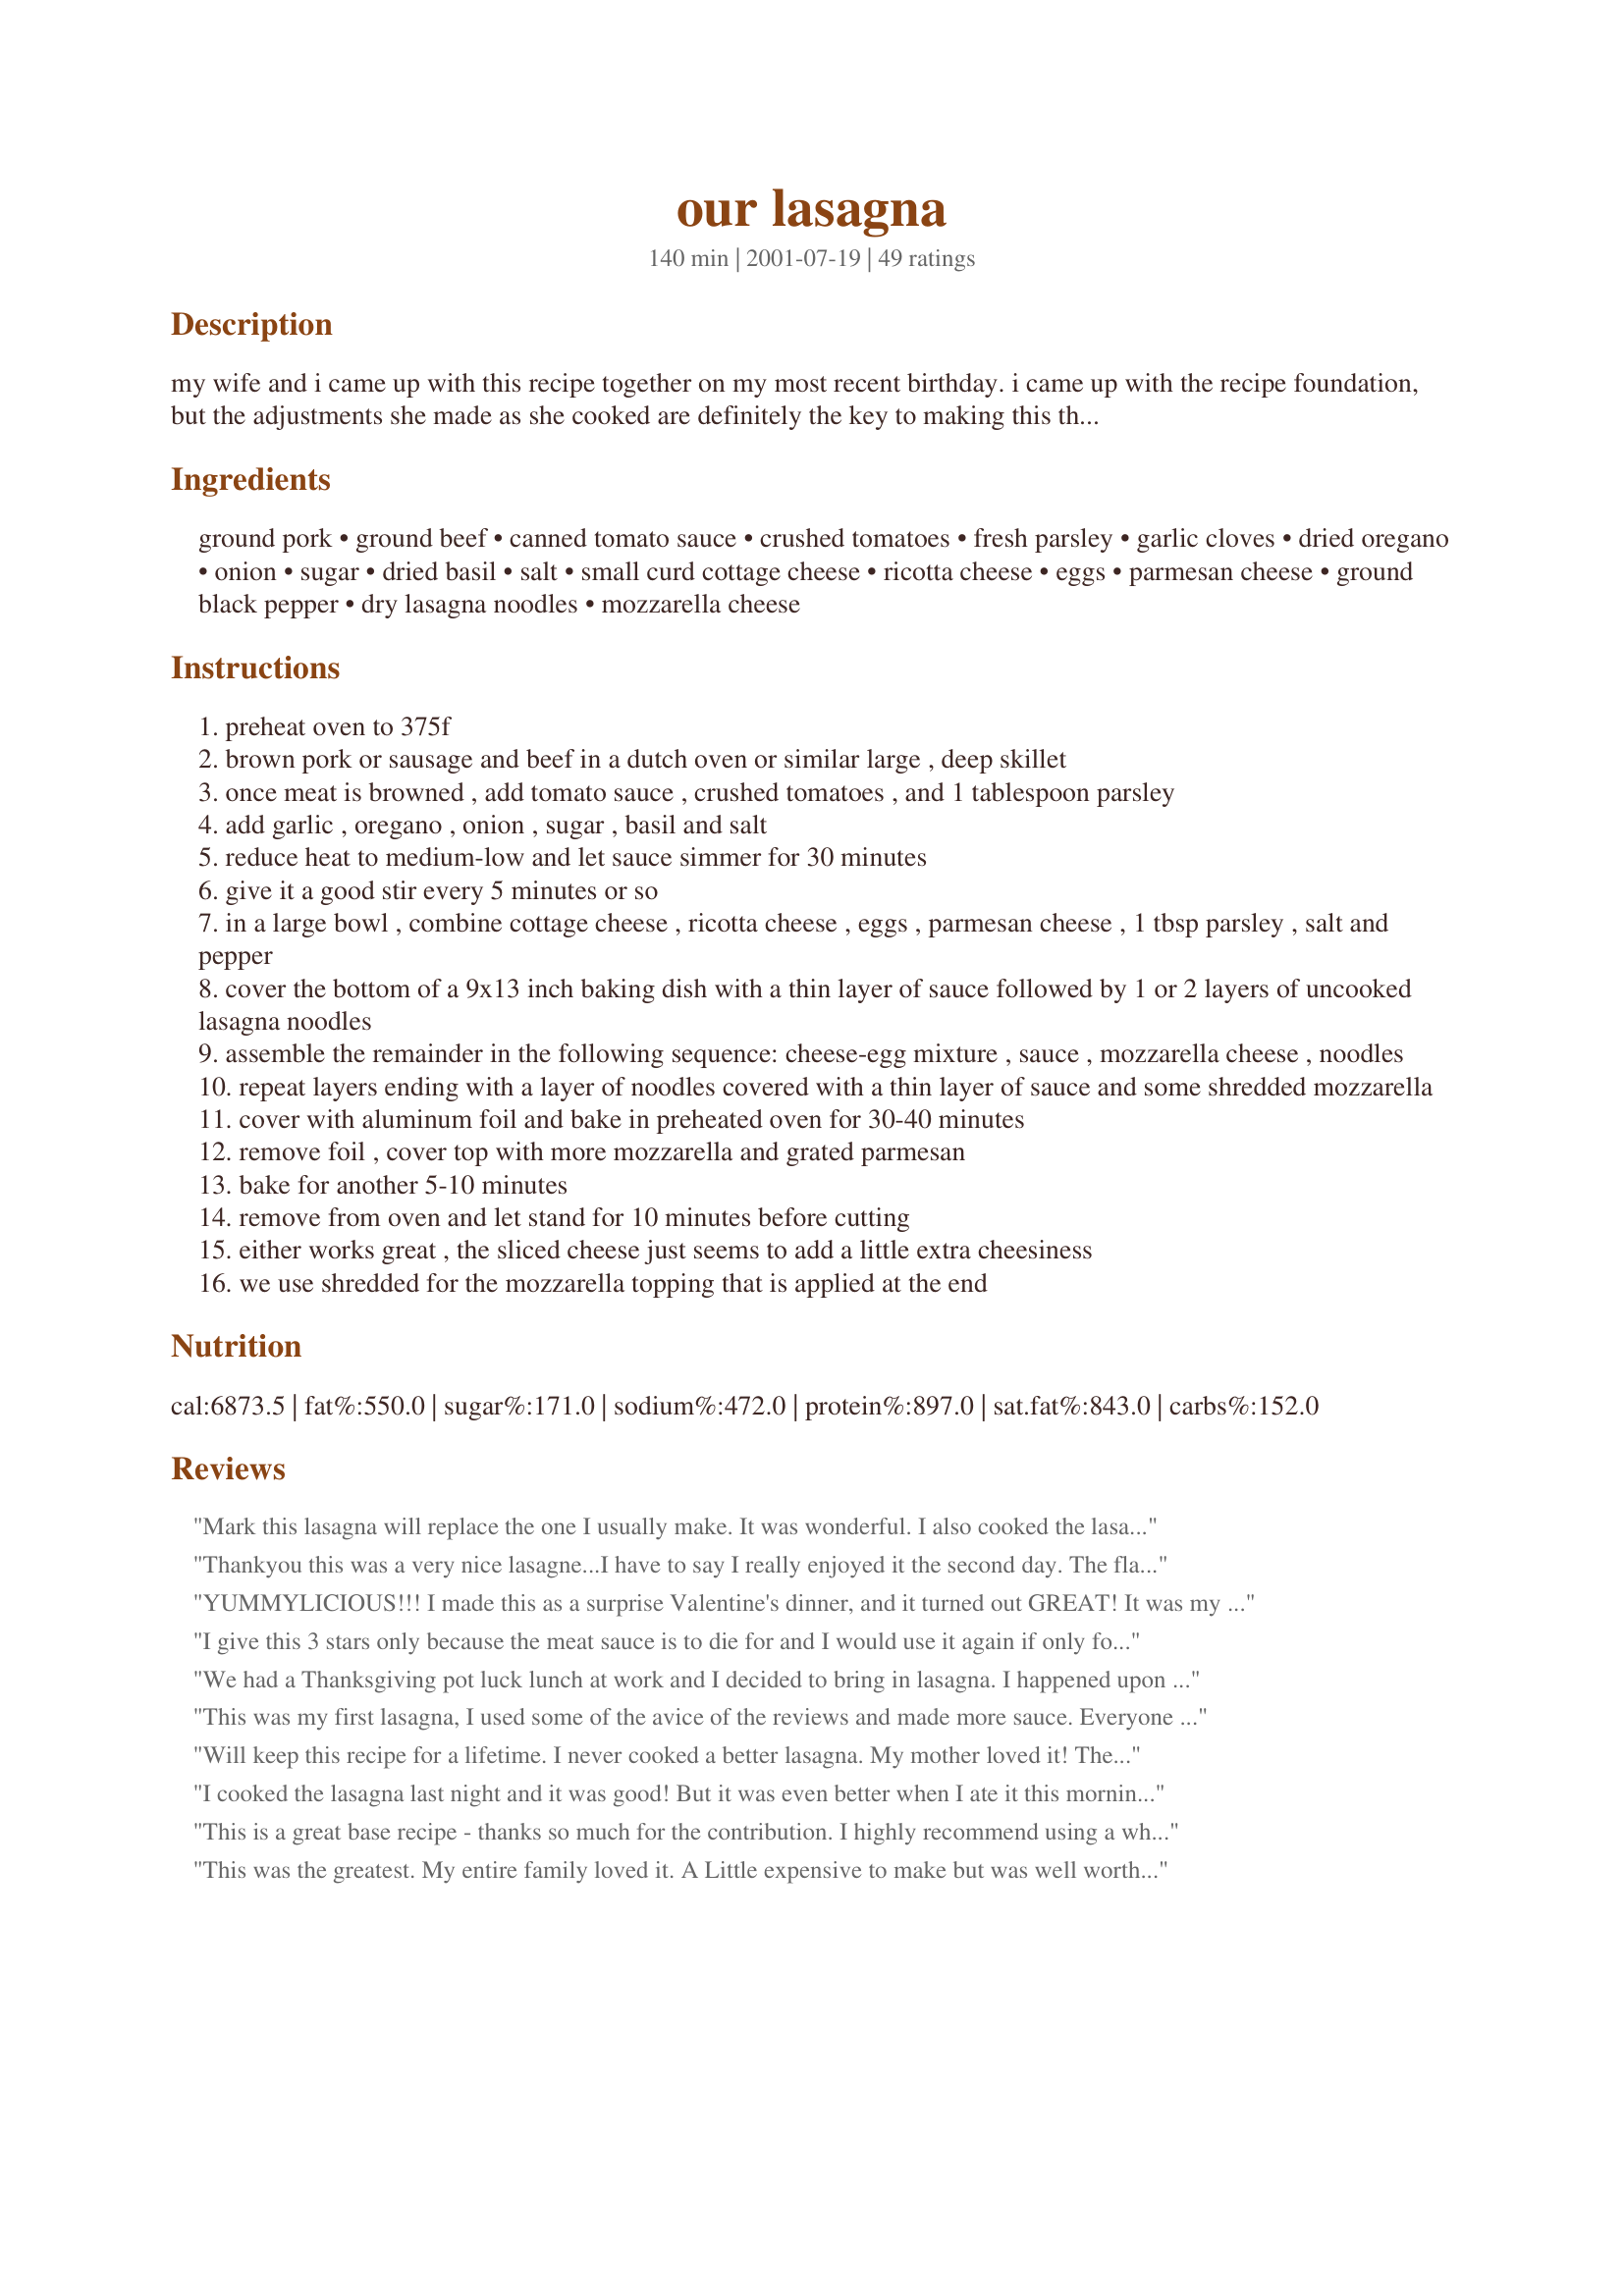
our lasagna
Preparation time: 140 minutes

my wife and i came up with this recipe together on my most recent birthday. i came up with the recipe foundation, but the adjustments she made as she cooked are definitely the key to making this the best i've ever had. it makes me look forward to birthdays again.

Ingredients:
ground pork, ground beef, canned tomato sauce, crushed tomatoes, fresh parsley, garlic cloves, dried oregano, onion, sugar, dried basil, salt, small curd cottage cheese, ricotta cheese, eggs, parmesan cheese, ground black pepper, dry lasagna noodles, mozzarella cheese

Steps:
preheat oven to 375f
brown pork or sausage and beef in a dutch oven or similar large , deep skillet
once meat is browned , add tomato sauce , crushed tomatoes , and 1 tablespoon parsley
add garlic , oregano , onion , sugar , basil and salt
reduce heat to medium-low and let sauce simmer for 30 minutes
give it a good stir every 5 minutes or so
in a large bowl , combine cottage cheese , ricotta cheese , eggs , parmesan cheese , 1 tbsp parsley , salt and pepper
cover the bottom of a 9x13 inch baking dish with a thin layer of sauce followed by 1 or 2 layers of uncooked lasagna noodles
assemble the remainder in the following sequence: cheese-egg mixture , sauce , mozzarella cheese , noodles
repeat layers ending with a layer of noodles covered with a thin layer of sauce and some shredded mozzarella
cover with aluminum foil and bake in preheated oven for 30-40 minutes
remove foil , cover top with more mozzarella and grated parmesan
bake for another 5-10 minutes
remove from oven and let stand for 10 minutes before cutting
either works great , the sliced cheese just seems to add a little extra cheesiness
we use shredded for the mozzarella topping that is applied at the end

Reviews:
Mark this lasagna will replace the one I usually make. It was wonderful. I also cooked the lasagna noodles before hand, used the sliced mozzarella and added a little more parmesan cheese. Just wonderful.
Thankyou this was a very nice lasagne...I have to say I really enjoyed it the second day. The flavors really blended together nicely and the spice mixture was very tasty. I did read over the other reviews and I decreased the amount of salt to 1/2 tsp overall. This seemed to work. Thanks for the nice recipe!
YUMMYLICIOUS!!! I made this as a surprise Valentine's dinner, and it turned out GREAT! It was my first time making lasagna, EVER, and I was surprised how good it turned out. My fiance LOVED it. He grew up in an Italian family and had a father who has been making lasgna for about 30 years... he said it was BETTER than his father's! :) I changed a few things...
1. I used less salt (about 1/4 teaspoon for each instance) as recommended by other reviewers.
2. Before adding sauces and seasonings to browned meat, I combined them first and saved a small amount to layer the bottom of the baking pan.
3. All cheeses I used were fresh, not packaged from a store.
4. I used about 1 to 1.5lbs MORE mozzarella cheese than what was called for.
5. I used 20 sheets of pasta, which left about 4 left in the box. I used 4 sheets per layer (didn't double up on the layer, as it seemed like too much pasta), making a total of 5 layers.
6. When adding meat sauce to lasagna layers, I used a slotted spoon to drain excess liquid to prevent the lasgna from being too watery. (you might want to add this as a step to the recipe)
7. When taking lasagna out of the oven to add additional cheese, I scooped out as much liquid as I could, to prevent lasagna from falling apart when I cut it up later.
:) Thank you for sharing your recipe... it will now be a regular in our house!
I give this 3 stars only because the meat sauce is to die for and I would use it again if only for spaghetti dinners. Otherwise my rating would be a lot lower. I prepared this exactly as directed except my pan would not hold that many layers so I did only 2 of noodles, doubled on the bottom and then 1 more layer. But the sauce was not runny at all and that concerned me because the noodles were not precooked either. I had reason to be concerned as it turned out. The noodles were still quite hard after cooking and sitting for the prescribed times. Tomorrow I will add more juices to the pan and bake again. Hopefully the noodles will soften up some because otherwise, this was a very tasty lasagne possibility but will mostly be tossed out. Disappointed with the noodle direction. Next time I would suggest cooked noodles or the recipe should indicate that it is the noodles specifically sold as pre-boiling not required.
We had a Thanksgiving pot luck lunch at work and I decided to bring in lasagna. I happened upon this recipe and am so glad that I did!! I tried it at home first and then brought a fresh one into work. Both times - rave reviews!! It was easy to make. I did my own tweaking: more garlic (because I love it), more onion, extra ricotta and cottage cheese (because I goofed and used the whole tub). But all of those changes made for a fantastic lasagna. It made a LARGE lasagna and I was glad that I had a big pan - the aluminum "lasagna" pans are too small (figured that out the hard way). And it did stay together, something that my previous attempts at lasagna didn't accomplish! All in all - a keeper!!
This was my first lasagna, I used some of the avice of the reviews and made more sauce. Everyone loved it. I will definitly make it again.
Will keep this recipe for a lifetime. I never cooked a better lasagna. My mother loved it! The noodles were moist, the sauce turned out to be a personal favorite!
I cooked the lasagna last night and it was good! But it was even better when I ate it this morning. I absolutely love this recipe! The garlic gives it a nice taste and a yummy smell when its cooking. Thanks for posting!
This is a great base recipe - thanks so much for the contribution. I highly recommend using a white zinfandel to cook your meat in - I've found that if you use cheaper (sweeter) brands it brings out a great flavor in the meat and makes it so you don't have to add any sugar to the sauce. In addition I like to add a splash of vodka and olive oil when cooking the sauce. I also prefer to use fresh tomatoes in place of canned crushed tomatoes. I skip the cottage cheese and double the ricotta. I love to throw in fresh mushrooms, fresh spinach, or both. Also, for people with low-carb needs, zucchini works great instead of noodles in this recipe.
This was the greatest. My entire family loved it. A Little expensive to make but was well worth the money. Also used the sauce on spaghetti and it was delicious. Thank you
Yummy! This is without a doubt the best lasagna I've ever had! My favorite used to be the lasagna at the Olive Garden, but this beats it! Thank you so much for sharing your recipe!
I wish I would have read the reviews before atempting to make it. The taste was good, but I would definitely make several adjustments. I found this lasagna to be too salty, therefore, I would reduce the salt to half the amount. It was also dry, so I would only layer the bottom with one row of the non-boil pasta, add more sauce and even some extra on the side. It also took longer to cook, rather than going with what the recipe suggestions. I'll have to try it again.
This was an excellent recipe. It made a thick hearty lasagna that wasn't too saucy. The only problem I had was that it came out very salty. I served it to my husband and parents and we all commented that it was very salty. I will make this again but I will reduce the salt quite a bit. Thanks for sharing!!
I tried this recipe and it came out EXTREMELY salty! I know I followed the directions properly, so I will try again eliminating the salt, it sure looked good.
This was really good, but like someone else said, I will cook the noodles first when I make this again. This really filled my 9 X 13 pan and although it ended up running over, it took much longer to bake (for the noodles to be done) than the directions stated. Had the noodles been pre-cooked, I'm sure it would have been finished in the allocated time and possibly wouldn't have boiled over either (I think from the noodles swelling). Thanks for sharing this recipe Mark!
Very good Mark, I did cook the noodles first (old habits die hard)
It came out very good and not runny liek mine usally do..Thanks Mark this ones a keeper!!
This is such good lasagna, I really enjoyed the taste. I added some frozen chopped spinach to the meat sauce and it turned out so well. I did have to cook the lasagna for about 30 more min then called for to get the noodles a little more done, but it was worth the wait. I had pre-cooked frozen hamburger so I just had to throw everything into the pot and then layer. I only wish I had a bigger pan so I could have used all the sauce (course that was probably due to the spinach.) I was also a little leary about that much dried onion so I only added about 1/3rd cup and it turned out well. I also went by all the other reviews and did NOT add any extra salt and it was just right. Thank you for a wonderful recipe, will definatly use again.
My husband declared this the best lasagna I have ever made. For him to give such a high praise means this certainly was a huge success in my house! This was a delicious, wonderful meal, and I found it really easy to put together. And I had never thought to slice the mozzarella rather than shred it, but it certainly does make a difference! Thank you for the recipe.
Not enough sauce.
This is a fabulous lasagna! I doubled it for a family dinner and it holds together so well, without being dry. I used Sargento's new shredded cheese mix of mozzarella and provolone and it was very good.
This is a "doer again"! Thanks, Carole in Orlando
I thought this was great! I did make a few changes, based on what other reviews had said: I soaked the noodles in hot water for about 20 minutes, rather than cooking them, or using dry noodles (I got that tip from a Barefoot Contessa episode). I didn't add any salt, since I knew I'd go heavy on the cheese, and cheese has a ton of salt. Also, unintentionally used a full pound of ricotta - but that turned out to be a good thing. I got 3 layers - but next time I make it, I'm gonna use a larger (lasagna) pan and increase the amount of sauce etc. Oh.. I froze some of this and we had it the following week - freezes really well. Thanks for the great recipe, all my past lasagna attempts have been flops.
I've been looking for the perfect lasagna and this is it! It's the only recipe I'll use from now on. I love that it is thick and hearty! The only changes I make is that I use 2 tsp oregano, since I like a stronger oregano flavor and I only use 2 eggs since I don't think it really needs 3. Sometimes I'll only use cottage cheese instead of a mix, but I like the mix of ricotta and cottage better. It tastes great either way though. I've made this several times now and it's always delicious! Thanks for posting this!
I'm giving this three stars because of the specific instructions to start with the dry noodles and also end the layers with the dry noodles. I had my doubts about not starting and ending with the sauce instead of the dry noodles, but thought I'd try the recipe exactly the first time. The noodles on the bottom and top were dry, just like I'd thought they might be. The sauce was very tasty, and the cheese layer was delicious. I've known for years that noodles do not have to be cooked before use in lasagna, but they do need to be surrounded with sauce. Soooo, it would be better to put a cup and a half or so of the sauce down first before you layer in the noodles. Therefore, the layers would be: sauce, noodles, ricotta mixture, sauce, mozzarella, noodles, ricotta mixture, sauce, mozzarella, noodles, and the last of the sauce. I'm going to try it that way the next time I try it. Oh yes, I did reduce the salt as many reviewers suggested: I used about 3/4 of a teaspoon in the sauce, and 1 teaspoon in the ricotta mixture.
If you can believe it, I've only made lasagna once or twice before. It's always turned out loose and runny, and was a pain to make, boiling the noodles, etc. I LOVED this recipe. I didn't know you could make lasagna with uncooked noodles. It turned out perfect. I used a quart of my home-canned tomatoes, which are very juicy. The sauce was very runny, which I felt was a good thing since the noodles will soak up the moisture. I didn't add any additional salt, since the tomatoes, tomato sauce, cheese, etc., is all highly salted anyway. I used fresh mozzarella, which is hard to shred or slice, but it's SOOOOOOO creamy! I had a case of brain-fade and forgot to double the noodles on the bottom. I made this a few hours in advance, so by the time I put it into the oven the noodles were already softening. It turned out great, nice and firm, and cut well, held together well, and tasted great. Thanks for helping me get over my Lasagnaphobia!
I am very impressed with this lasagna, so far. I made it for my DH and me, but froze part of it. This definitely would take a deep, deep pan, as my one recipe made 3 small "thick, but single layer" 8x8 batches for us. I have eaten one and enjoyed it very much!
Great Lasagne! I used one 14 oz tin of tomatoes as the meat sauce was looking 'wet' enough after just the one was added. The added egg gave the dish a creamy tasty cheese layer, and I used slices of mozzarella for the layers but grated for on top, I also used fresh lasagne instead of dried.
Delicious!
The flavor of this was ok but the uncooked noodles on the bottom never softened and baked crispy and hard. When I do this again I will cook the noodles.
This is awesome...great recipe! I used ground turkey instead of beef and ground hot Italian sausage. Very yummy on a cold February evening. Thanks Mark.
This recipe is awesome. I made it over Thanksgiving weekend when I had company. It was the first time I tried the recipe and it was without a doubt the best lasagna I have ever tasted. Thank you for sharing!!!
This was really good only thing I did different was add more tomatoes and I cooked the noodles.
Thanks for the Great recipe.
Great recipe! My husband wanted me to buy, not make lasagna, because I'd never found a recipe he liked...until now. The top noodles were a bit crunchy for my taste but it still tasted good. Used italian sausage & hamburger and used italian seasoning for the basil. Wonderful!
What can I say Mark? This was absolutely a treat. I found this so much easier and (less of a mess) by not boiling the noodles. I liked the texture and that the lasagna set up firm. Outstanding flavor, we all really enjoyed this one. Thanks for the heads up. Worked out perfectly just like you said.
Excellent lasagna....i did cook my noodles first and I used thin slices of mozzarella...will definately use thicker slices next time. I really loved the sauce. Thanks for a great recipe...definate keeper.
I liked not having to cook the noodles before making this but I thought it was a little dry. I liked the idea of using sliced mozzarella also.
We really enjoyed this recipe. I loved how the lasagna stayed together in squares when it was cut. I've never made a lasagna before that stayed together so well. I used sliced mozzarella for the layers and then shredded mozzarella for the top. I did precook my noodles and baked it at 375 for 40 minutes. We will defintely be having this again!
Everyone in my family thought this was really good but the flavor was similar to most other homemade lasagnas that we have had. I did love how it stayed together and didn't fall apart when I served it, though. Based on previous reviews of uncooked noodles, I used Barilla pre-cooked noodles and they turned out just right.
Made exactly as written. I did find the sauce a little salty and thought there was a little too much cheese (I know...I never thought I would say that!). My husband LOVED it, however, so I will make it again for sure, just adjusting the salt and cheese to taste. I really liked that the noodles don't have to be cooked first. I would use the sauce for spaghetti or other pasta dishes. Thanks for the recipe!
Very good lasagna and I have made a lot. I usually use canned or bottle sauce but wanted to go for authentic. This was great, thanks so much for sharing!
Loved the tomato sauce and with a few modifications it will be great. My top layer of noodles did not have enough sauce to soften and cook, so they were crunchy. I'd increase the amount of tomato sauce in the sauce because the noodles need the moisture to cook. I'd also increase the cooking time, because mine was just warm in the center.

But, the great flavor is worth the tweaking to prefect. Many thanks for sharing!
I made this for my son-in-laws birthday, and it made a lot. I had a pan big enough, but I found that it wasn't very hot when served up. I cooked it for 40 minutes and took it out to sit for 10 minutes before cutting as directed, but I guess I should have served it right away. We have 3 grandsons who are all 15, and they did enjoy it so it was a hit, but could have been better it was hot.
This really is a good lasagna recipe. It was easy to cut into squares and they held together nicely without falling apart. The sauce was excellent, albeit just a tad salty, so I'll reduce the salt a little next time. I used Italian plum tomatoes and added a few chopped sun-dried tomatoes as well. The only problem I had--and I seem to do this every time I make lasagna--was that I forgot to reserve enough cheese for sprinkling over the top. I think it would have been a good idea to mention reserving some cheese for the top in steps 7 and 8. Thanks for a great lasagna recipe, Mark!
Absolutely awesome. This is the first lasagna I've made that didn't fall apart while taking it out of the pan. I followed the recipe to the letter and it was perfect! When I make it again, I'll add some 'shrooms and peppers.
Best lasagna I ever made! I used all ricotta cheese instead of mixing ricotta and cottage cheese, but that is just because I love ricotta! Delicious all the same. We're definately using this as our famil lasagna recipe!
I've made this a couple of times now with no problem. I followed the recipe exactly and used local store brand noodles. I had no problem with hard noodles. This is a great recipe and the whole family loves it. With the fall weather setting in, it's about time to make another one. Thanks for posting Mark H.
Yummy! I put this together about a month ago but didn't bake it as something came up. Took it out of the freezer this weekend, let it thaw, and baked it per the recipe. BF and I enjoyed it thoroughly. Shredded mozzarella seemed plenty cheesy to me.
Wonderful recipe for lasagna. We ate the whole pan of it. Thank you Mark for a fantastic recipe.....Stephanie
I recently made this recipe for a family get together and it was the most delicious lasgna I have ever made. My whole family was raving about how delicious it was. My hardest critic-(my husband) told me that it was the best lasgna I had ever made! I was so happy to hear that! 
It was very easy to make, the recipe was easy to follow. Although I did make one adaptation, in the cottage cheese and riccota mixture I bought a package of frozen spinach,thawed and drained off the excess liquid and added that to the cheese mixture. The author of the recipe suggests using sliced mozzarella instead of shredded mozzarella, I did use shredded mozzarella, but next time will use sliced mozzarella, the shredded mozzarella wasn't cheesy enough for my tastes. But the recipe was great overall and would recommend it to others!!!!!!
This was very good! I haven't ever made a lasagna without cooking the noodles and it worked out great! I used sage sausage and hamburger. I also made this in a larger lasagna pan then a 9X13. I did add 8oz tomatoe sauce and a 14 oz jar of pizza sauce because of using the larger pan. I used provolone cheese for the first layer of cheese then mozzarella thereafter. I am glad I added the addition sauces since this was a larger pan. I will be making this again. You came up with a winner of a recipe!!!!! Thanks for posting!
This had a great flavor but my noodles didn't cook on top. They were crispy! I only had ground beef so I didn't use the other meats and it still turned out good. Nest time I will make it with the noodles already cooked.
